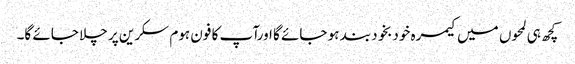
کچھ ہی لمحوں میں کیمرہ خودبخود بند ہو جائے گا اورآپ کا فون ہوم سکرین پر چلا جائے گا۔